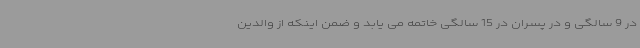
در 9 سالگی و در پسران در 15 سالگی خاتمه می یابد و ضمن اینکه از والدین